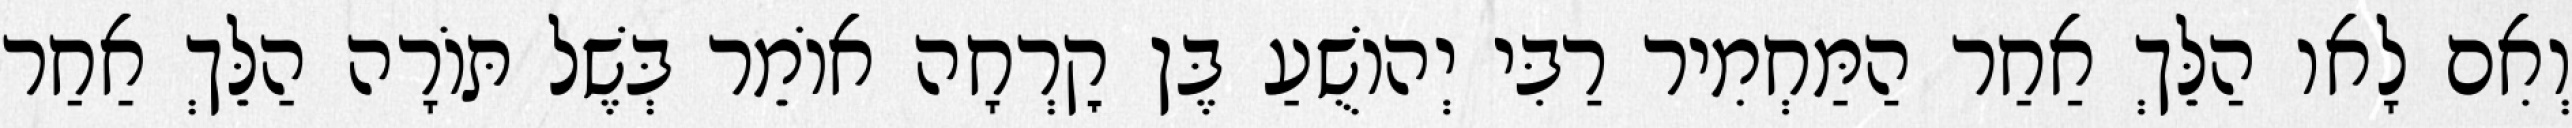
וְאִם לָאו הַלֵּךְ אַחַר הַמַּחְמִיר רַבִּי יְהוֹשֻׁעַ בֶּן קׇרְחָה אוֹמֵר בְּשֶׁל תּוֹרָה הַלֵּךְ אַחַר